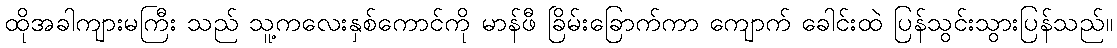
ထိုအခါကျားမကြီး သည် သူ့ကလေးနှစ်ကောင်ကို မာန်ဖီ ခြိမ်းခြောက်ကာ ကျောက် ခေါင်းထဲ ပြန်သွင်းသွားပြန်သည်။